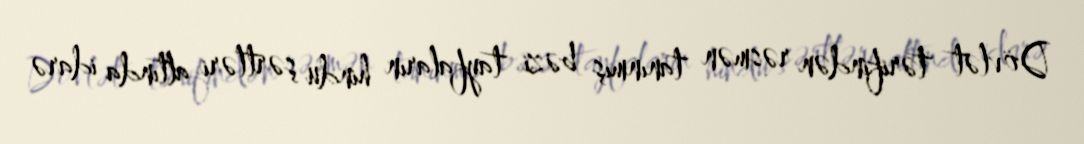
Dövlət tərifindən rəsmən tanınmış bəzi tayfaların hindu şərtləri altında idarə